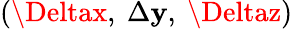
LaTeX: (\Deltax,\ \Delta\mathbf{y},\ \Deltaz)